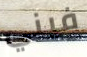
فيني